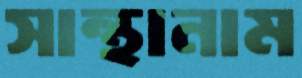
সান্থানাম